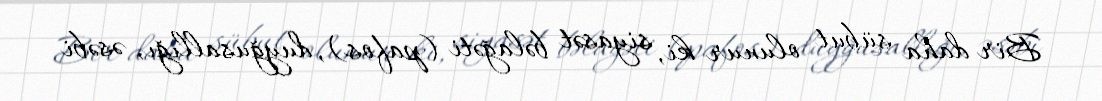
Bir daha sübut olunur ki, siyasət bəlağəti (pafos), duyğusallığı, əsəbi